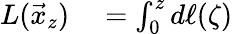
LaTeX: \begin{array}{rl}{L(\vec{x}_{z})}&{{}=\int_{0}^{z}d\ell(\zeta)}\end{array}